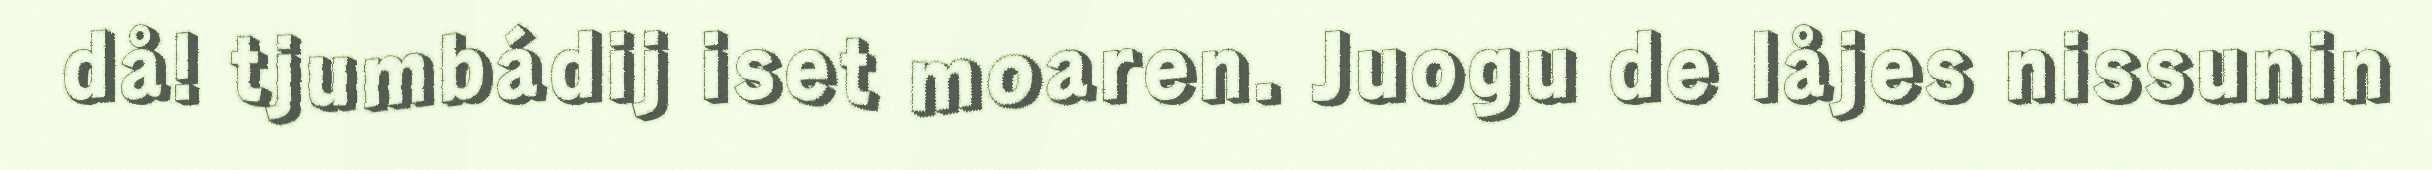
då! tjumbádij iset moaren. Juogu de låjes nissunin